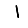
Digit: 1